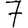
Digit: 7